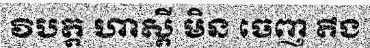
វិបត្ត ហាស្តី មិន ចេញ តឹង